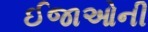
ઈજાઓની